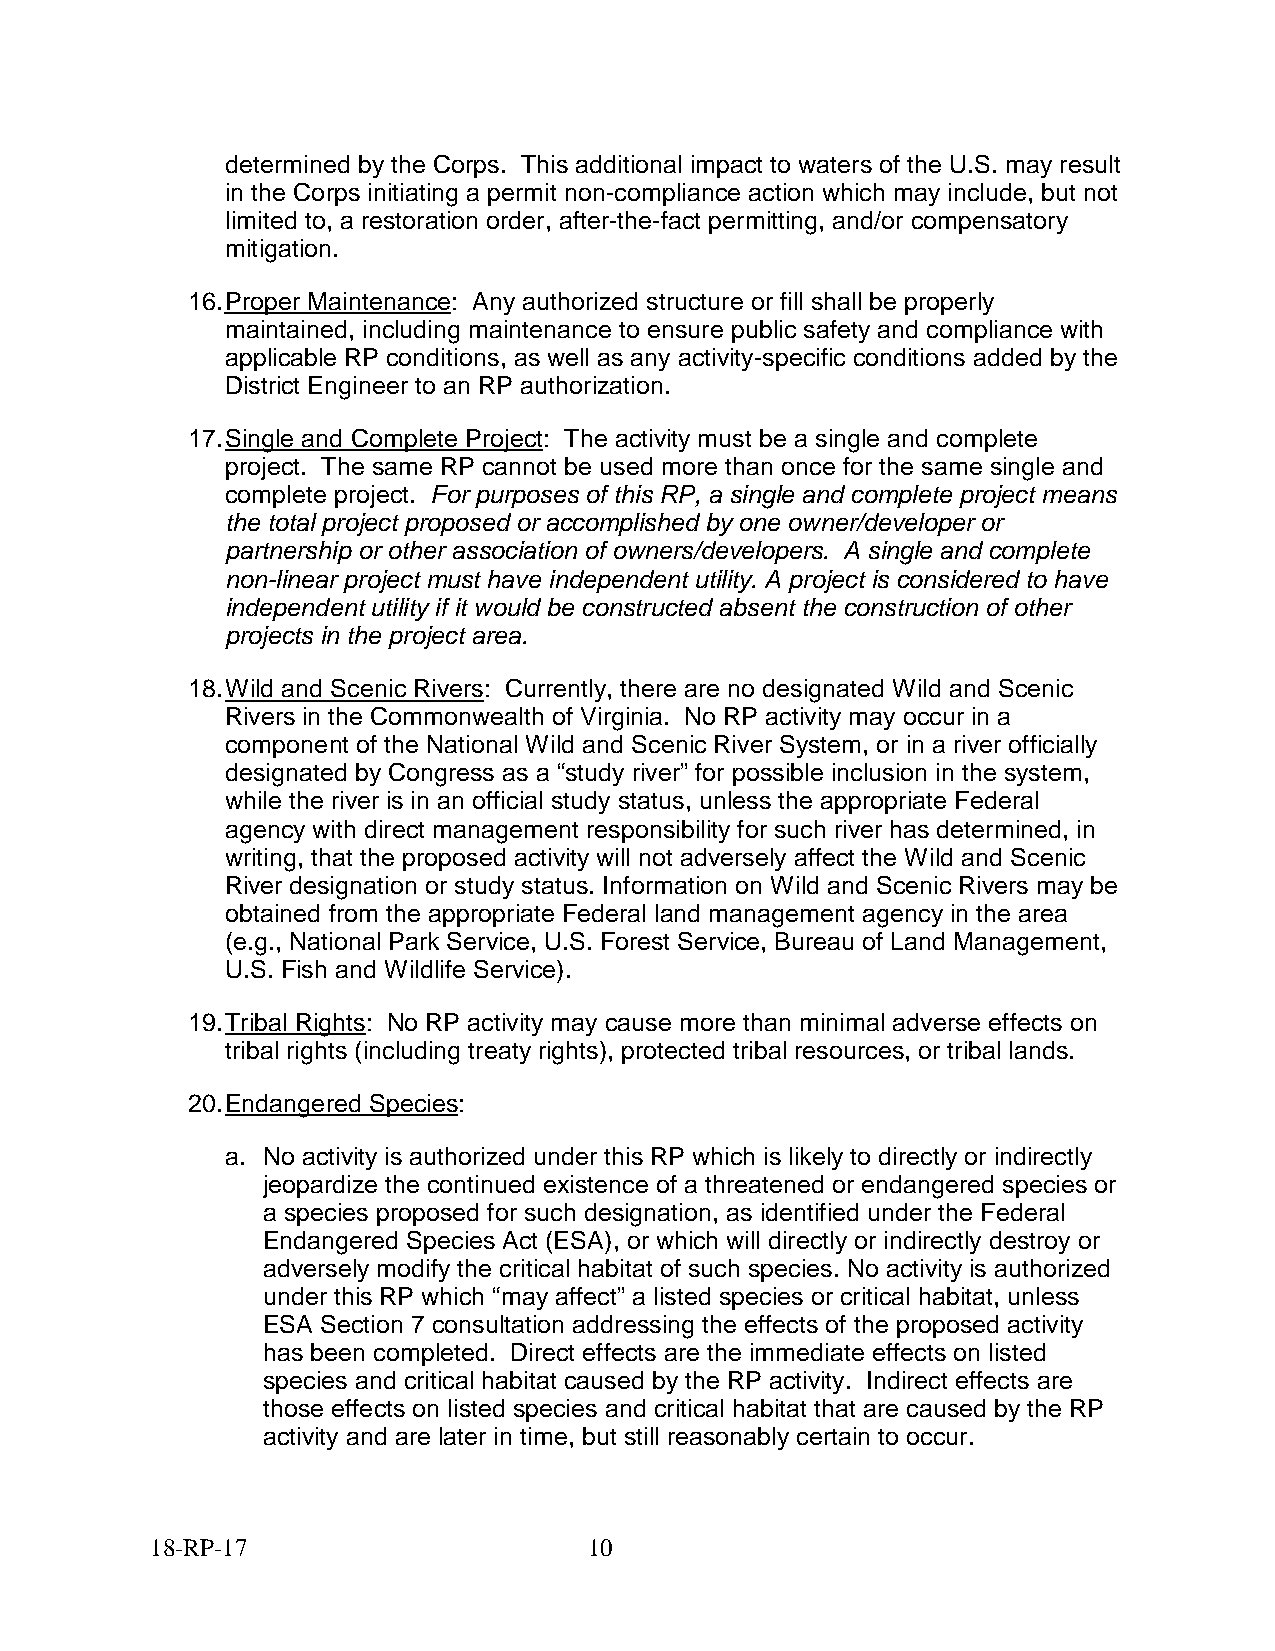
determined by the Corps. This additional impact to waters of the U.S. may result
 in the Corps initiating a permit non-compliance action which may include, but not
 limited to, a restoration order, after-the-fact permitting, and/or compensatory
 mitigation.
 16. Proper Maintenance: Any authorized structure or fill shall be properly
 maintained, including maintenance to ensure public safety and compliance with
 applicable RP conditions, as well as any activity-specific conditions added by the
 District Engineer to an RP authorization.
 17. Single and Complete Project: The activity must be a single and complete
 project. The same RP cannot be used more than once for the same single and
 complete project. For purposes of this RP, a single and complete project means
 the total project proposed or accomplished by one owner/developer or
 partnership or other association of owners/developers. A single and complete
 non-linear project must have independent utility. A project is considered to have
 independent utility if it would be constructed absent the construction of other
 projects in the project area.
 18. Wild and Scenic Rivers: Currently, there are no designated Wild and Scenic
 Rivers in the Commonwealth of Virginia. No RP activity may occur in a
 component of the National Wild and Scenic River System, or in a river officially
 designated by Congress as a “study river” for possible inclusion in the system,
 while the river is in an official study status, unless the appropriate Federal
 agency with direct management responsibility for such river has determined, in
 writing, that the proposed activity will not adversely affect the Wild and Scenic
 River designation or study status. Information on Wild and Scenic Rivers may be
 obtained from the appropriate Federal land management agency in the area
 (e.g., National Park Service, U.S. Forest Service, Bureau of Land Management,
 U.S. Fish and Wildlife Service).
 19. Tribal Rights: No RP activity may cause more than minimal adverse effects on
 tribal rights (including treaty rights), protected tribal resources, or tribal lands.
 20. Endangered Species:
 a. No activity is authorized under this RP which is likely to directly or indirectly
 jeopardize the continued existence of a threatened or endangered species or
 a species proposed for such designation, as identified under the Federal
 Endangered Species Act (ESA), or which will directly or indirectly destroy or
 adversely modify the critical habitat of such species. No activity is authorized
 under this RP which “may affect” a listed species or critical habitat, unless
 ESA Section 7 consultation addressing the effects of the proposed activity
 has been completed. Direct effects are the immediate effects on listed
 species and critical habitat caused by the RP activity. Indirect effects are
 those effects on listed species and critical habitat that are caused by the RP
 activity and are later in time, but still reasonably certain to occur.
 18-RP-17                     10